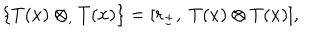
LaTeX: \{ T ( x ) \otimes _ { , } T ( x ) \} = [ r _ { \pm } , \; T ( x ) \otimes T ( x ) ] ,